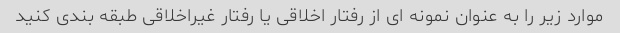
موارد زیر را به عنوان نمونه ای از رفتار اخلاقی یا رفتار غیراخلاقی طبقه بندی کنید